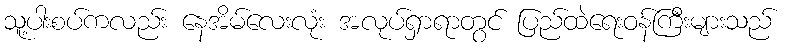
သူ့ပါးစပ်ကလည်း နေအိမ်လေးလုံး အလုပ်ရှာရာတွင် ပြည်ထဲရေးဝန်ကြီးများသည်